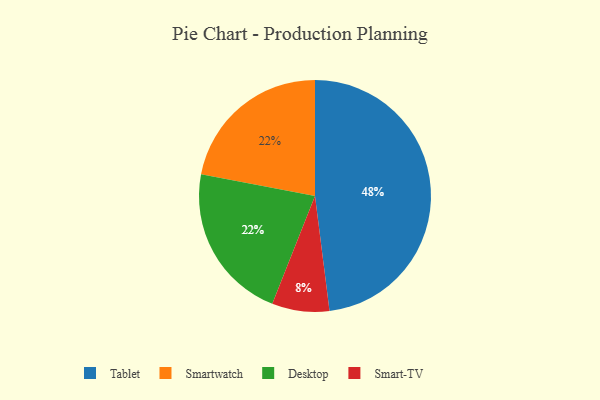
{"axis": {"x": "Category", "y": "Percentage"}, "legend": ["Desktop", "Smart-TV", "Smartwatch", "Tablet"], "data": [{"x": "Smart-TV", "y": 8, "type": "Smart-TV"}, {"x": "Smartwatch", "y": 22, "type": "Smartwatch"}, {"x": "Desktop", "y": 22, "type": "Desktop"}, {"x": "Tablet", "y": 48, "type": "Tablet"}]}